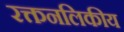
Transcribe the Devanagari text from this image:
रक्तनलिकीय